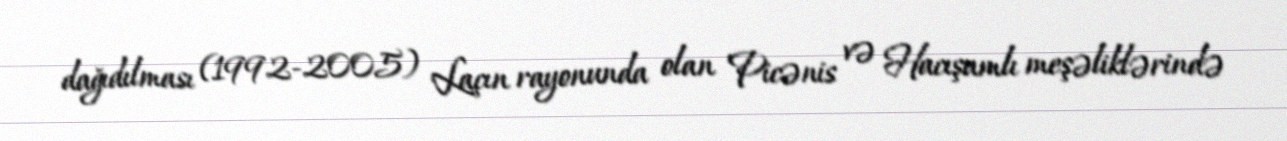
dağıdılması (1992-2005) Laçın rayonunda olan Picənis və Hacışamlı meşəliklərində